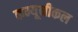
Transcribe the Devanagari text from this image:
कम्यूनीकल